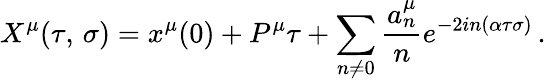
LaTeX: X^{\mu}(\tau,\, \sigma)=x^{\mu}(0)+P^{\mu}\tau+\sum_{n\ne 0}\frac{a_{n}^{\mu}}{n}e^{-2in(\alpha\tau\sigma)}\, .